Indian journal of veterinary science and animal husbandry - Volumes 22-23, 1952-1953
Year: 1952
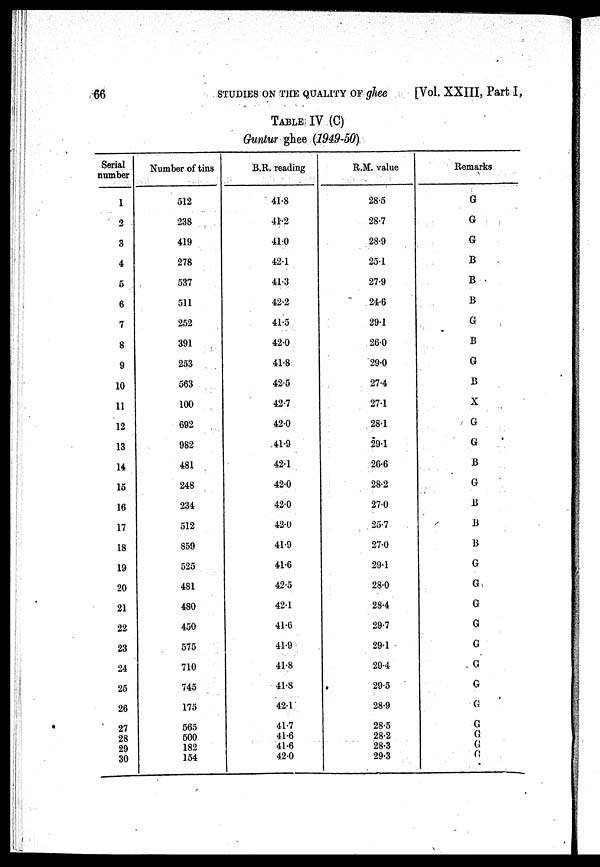
66
STUDIES ON THE QUALITY OF glee
[Vol. XXIII, Part I,
TABLE IV (C)
Guntur ghee (1949-50)
Serial
number
1
2
3
4
5
6
7
8
9
10
11
12
13
14
15
16
17
18
19
20
21
22
23
24
25
26
27
28
29
30
Number of tins
512
238
419
278
537
511
252
391
253
563
100
692
982
481
248
234
512
859
525
481
480
450
575
710
745
175
565
500
182
154
B.R. reading
41.8
41.2
41.0
42.1
41.3
42.2
41.5
42.0
41.8
42.5
42.7
42.0
41.9
42.1
42.0
42.0
42.0
41.9
41.6
42.5
42.1
41.6
41.9
41.8
41.8
42.1
41.7
41.6
41.6
42.0
R.M. value
28.5
28.7
28.9
25.1
27.9
24.6
29.1
26.0
29.0
27.4
27.1
28.1
291
26.6
28.2
27.0
25.7
27.0
29.1
28.0
28.4
29.7
29.1
29.4
29.5
28.9
28.5
28.2
28.3
29.3
Remarks
G
G
G
B
B
B
G
B
G
B
X
G
G
B
G
B
B
B
G
G
G
G
G
G
G
G
G
G
G
G